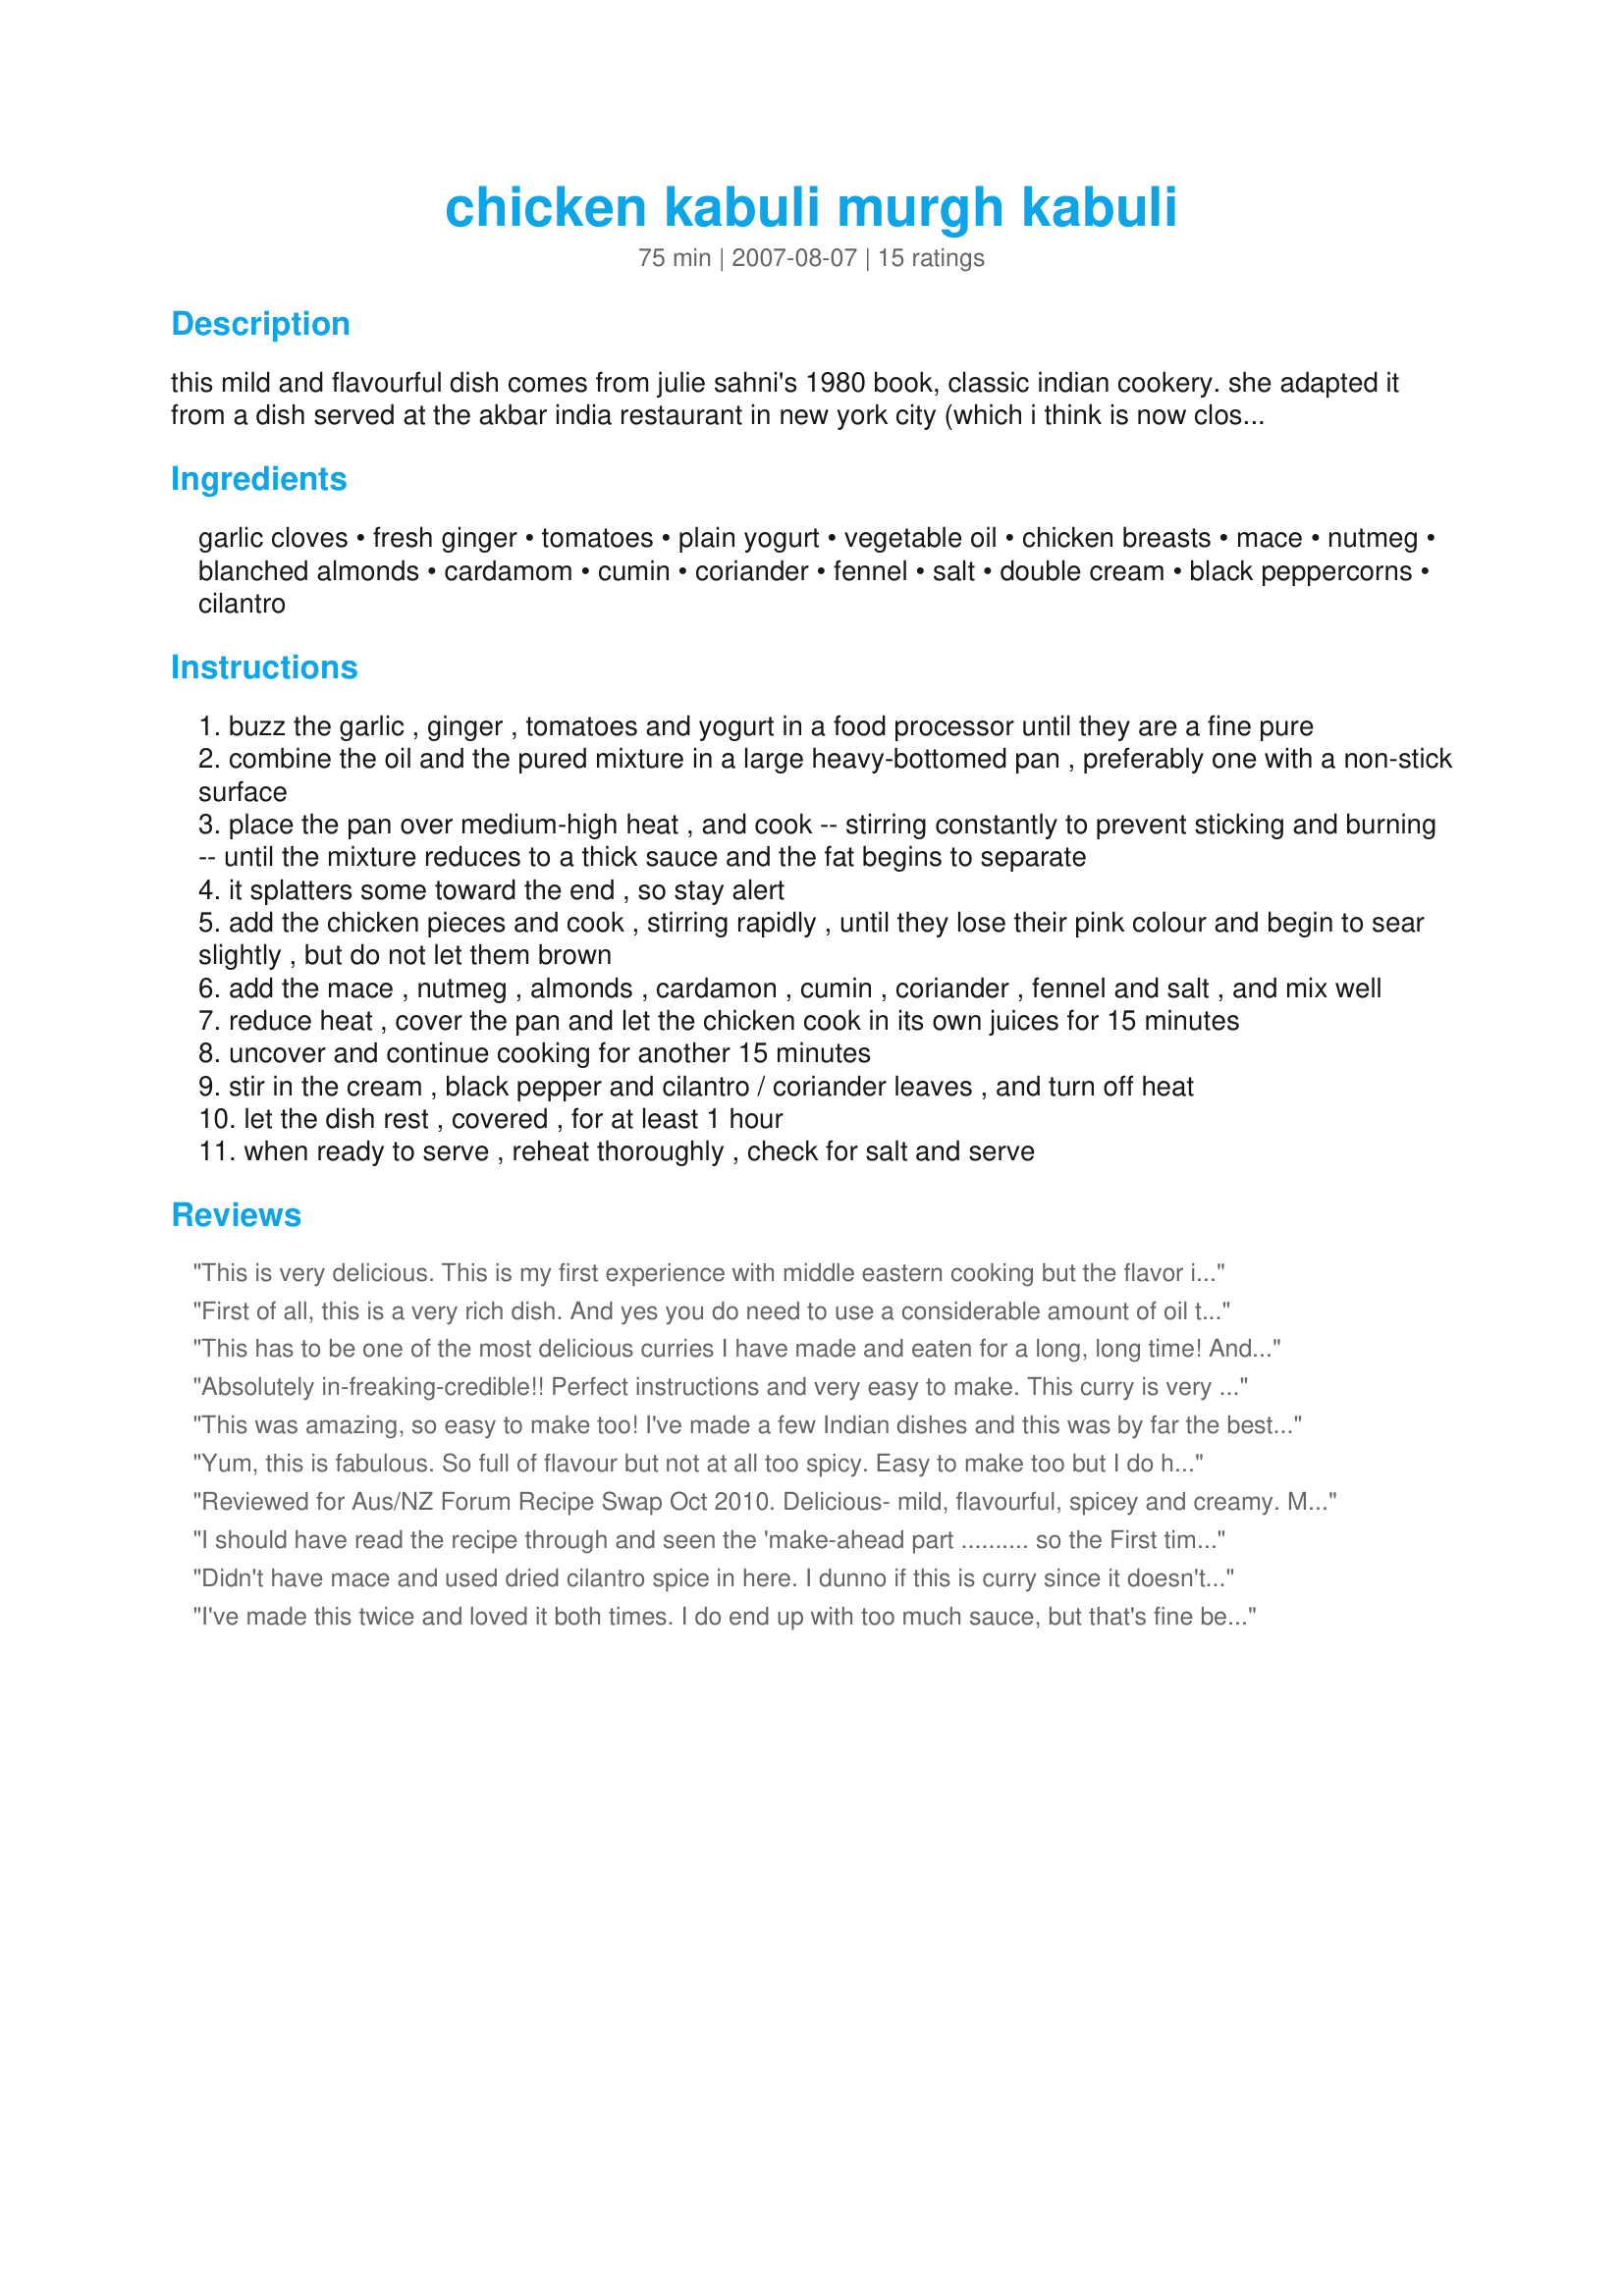
chicken kabuli murgh kabuli
Preparation time: 75 minutes

this mild and flavourful dish comes from julie sahni's 1980 book, classic indian cookery. she adapted it from a dish served at the akbar india restaurant in new york city (which i think is now closed). i am posting this for some former exchange students who are going through severe kabuli withdrawal. i often make this a day in advance. a few comments. i think julie sahni writes some of the clearest recipes on the planet -- and she does so without being patronising. check out her books (and note that i have abbreviated some instructions slightly). also, i wonder if kabuli means the recipe is influenced by dishes from kabul, afghanistan. finally, i have never timed this accurately, so the prep time is a bit of a guess.

Ingredients:
garlic cloves, fresh ginger, tomatoes, plain yogurt, vegetable oil, chicken breasts, mace, nutmeg, blanched almonds, cardamom, cumin, coriander, fennel, salt, double cream, black peppercorns, cilantro

Steps:
buzz the garlic , ginger , tomatoes and yogurt in a food processor until they are a fine pure
combine the oil and the pured mixture in a large heavy-bottomed pan , preferably one with a non-stick surface
place the pan over medium-high heat , and cook -- stirring constantly to prevent sticking and burning -- until the mixture reduces to a thick sauce and the fat begins to separate
it splatters some toward the end , so stay alert
add the chicken pieces and cook , stirring rapidly , until they lose their pink colour and begin to sear slightly , but do not let them brown
add the mace , nutmeg , almonds , cardamon , cumin , coriander , fennel and salt , and mix well
reduce heat , cover the pan and let the chicken cook in its own juices for 15 minutes
uncover and continue cooking for another 15 minutes
stir in the cream , black pepper and cilantro / coriander leaves , and turn off heat
let the dish rest , covered , for at least 1 hour
when ready to serve , reheat thoroughly , check for salt and serve

Reviews:
This is very delicious. This is my first experience with middle eastern cooking but the flavor is rich and good. It was really fun trying a new kind of food. I followed the ingredients per recipe except for fennel(dislike) and mace(didn't have any). This was very easy to make. Made for Asian Forum Tag.
First of all, this is a very rich dish. And yes you do need to use a considerable amount of oil to make out properly. Not nine tbsb, but least 4.<br/><br/>My introduction to Indian food as a kidwas Akbar on Park Avenue in the late 70's. I know this dish intimately.
This has to be one of the most delicious curries I have made and eaten for a long, long time! And, I KNOW my curries! Well written and easy to follow, and well worth the effort of making up all your own spice mix and paste for this recipe. A VERY authentic curry flavour - which probably does originate from Afghanistan, as they use a lot of yoghurt, cardamom and coriander in their cooking. I cut this in half and made enough for four people - we had friends over for a curry lunch! As Malcolm does not like chicken breasts, I made this up with a mixture of boned legs, and thighs, as well as breasts. I used LOTS of coriander and also garnished the curry with flaked almonds, and yet MORE chopped coriander leaves! I served this with my own Recipe #208297. I am adding this to my All Time Favourites Cookbook......just divine Oh Leggy One!!! Made for PAC Autumn 2007 - and my last recipe for this little bird, who is ready to fly the nest - thanks for providing me with such wonderful and innovative recipes to make Leggy - BRILLIANT! FT:-)
Absolutely in-freaking-credible!! Perfect instructions and very easy to make. This curry is very mild but so full of flavour. I halved the recipe and I can't wait to make it again for visitors who aren't keen on spicy food. The only thing I will do next time is cut the salt a bit. I can't imagine anyone not enjoying this - wonderful recipe, thanks for posting!
This was amazing, so easy to make too! I've made a few Indian dishes and this was by far the best one yet. Thanks!
Yum, this is fabulous. So full of flavour but not at all too spicy. Easy to make too but I do have to say that I was a bit unsure when I started cooking the yogurt mix and oil. I guess it was because it was all new to me. Easy to cook, I put it on before I picked Amber up from school and then reheated it when I got home. Both the girls loved it. Thanks Peggy.
Reviewed for Aus/NZ Forum Recipe Swap Oct 2010. Delicious- mild, flavourful, spicey and creamy. My whole family enjoyed this one :) Didn't have any mace and couldn't find any at the supermarket....so left that one out. Definitely worth the making and even though there seemed to be a lot of ingredients and instructions/steps....this recipe really was easy to make and not too involved. Also the flavours really did develop....so well worth making in advance. Photos also being posted. Thankyou for posting this wonderful recipe Peggy
I should have read the recipe through and seen the 'make-ahead part .......... so the First time we had this, it was marvellous, and the second time... divine!

We enjoy curry and this is so good, not hot, just so well-spiced and flavoursome.

I did use boneless chicken fillets, and I had to omit the mace since I turned out not to have any (I have EVERYTHING in my pantry... but no mace. Sorry!) It doesn't take much preparation, and mostly just cooks away with a bit of supervision, so that you can get other things done, like cleaning the kitchen and putting on a load of laundry! :D

Although I had made the full amount, and it was really only for DH and I... it's gone! So I will be making it again shortly, and will be sure to make it in advance this time.

Thank you, Peggy, very much enjoyed!
Didn't have mace and used dried cilantro spice in here. I dunno if this is curry since it doesn't have curry powder in it..but it does seem close to it. Like imagine mixing Hungarian Chicken paprika with yogurt and Indian Chicken curry. That's how close I can to describing it since it actually has a taste of its own which is difficult to describe and yet it tastes delicious and has to be tried. Thank you for this wonderful dish,Leggy Peggy!
I've made this twice and loved it both times. I do end up with too much sauce, but that's fine because it's delicious and can be soaked up with rice or naan. I followed the recipe very closely. I usually find chicken breasts way too dry, but that's not a problem with this dish. Thanks for sharing.
This is easily the best curry I have ever made. The flavours are fantastic, and it was quite easy to put together. Yum! Thanks Leggy Peggy!
This was really, really good, but staying true to the way I rate, I can't give it 5 stars. I used two tablepoons of oil (not 9) and when it looked like it might catch as the chicken was cooking, added a few tablepoons of water. I knew 1 tablespoon of salt was way too much for us so used 1 1/2 teaspoons of black salt (found in Indian grocers). Perfect. I don't like nutmeg, so halved that and omitted the mace (they come from the same tree). I believe curry should be made with bones in if at all possible, so used thigh cutlets and cooked about 30 minutes with the lid on in step 5. I'll be making this again really soon as it's wonderful made to suit us.
Yum! We loved this recipe, I like the fact it was so easy to make and I can make it in the morning and heat it for dinner. I made the whole eight servings and froze half of it for when I am on afternoon shift. Thank you Peggy Leggy for your contribution to the Australia and New Zealand Food Trail (K)
This was a hit in our house! I think the only sub I had to make was using canned tomato in place of the fresh. Once all the ingredients are assembled the dish is super easy to put together. Served this with Recipe #113983. Made for Aussie Swap.
I haven't actually served this yet...I'm still waiting for the family to get home.....but I have been taste testing and all I can say is.....I HOPE THERE ARE LEFTOVERS
